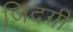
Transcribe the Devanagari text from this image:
जि़दगी